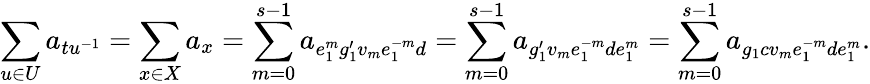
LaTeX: \sum_{u\in U}a_{tu^{-1}}=\sum_{x\in X}a_{x}=\sum_{m=0}^{s-1}a_{e_{1}^{m}g_{1}^{\prime}v_{m}e_{1}^{-m}d}=\sum_{m=0}^{s-1}a_{g_{1}^{\prime}v_{m}e_{1}^{-m}de_{1}^{m}}=\sum_{m=0}^{s-1}a_{g_{1}cv_{m}e_{1}^{-m}de_{1}^{m}}.